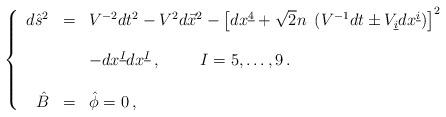
LaTeX: \begin{align*}\left\{\begin{array}{rcl}d\hat{s}^{2} & = & V^{-2}dt^{2} -V^{2}d\vec{x}^{2}-\left[ dx^{\underline{4}}+\sqrt{2}n\ \left( V^{-1}dt \pm V_{\underline{i}}dx^{\underline{i}}\right) \right]^{2}\\& & \\& &-dx^{\underline{I}} dx^{\underline{I}}\, ,\hspace{1cm} I=5,\ldots,9\, .\\& & \\\hat{B} & = & \hat{\phi} = 0\, ,\\\end{array}\right.\end{align*}